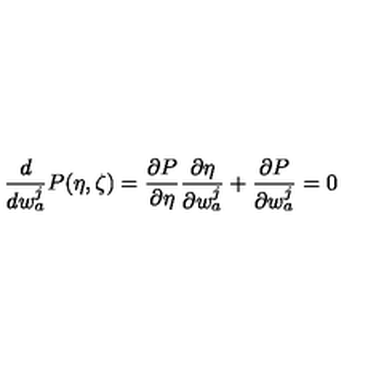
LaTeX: \frac { d } { d w _ { a } ^ { j } } P ( \eta , \zeta ) = \frac { \partial P } { \partial \eta } \frac { \partial \eta } { \partial w _ { a } ^ { j } } + \frac { \partial P } { \partial w _ { a } ^ { j } } = 0